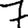
Digit: 7